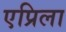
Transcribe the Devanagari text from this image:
एप्रिला